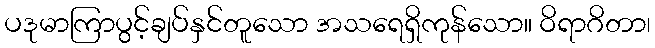
ပဒုမာကြာပွင့်ချပ်နှင်တူသော အသရေရှိကုန်သော။ ဝိရာဂိတာ၊